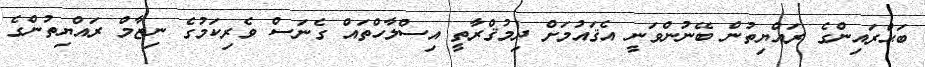
ބަޙްރައިންގެ ރައްޔިތުން ބޭނުންވަނީ އެޤައުމަށް ދިމުޤްރާތީ އިސްލާހްތައް ގެނަސް ވެރިކަމުގެ ނިޒާމް ރައްޔިތުންގެ